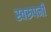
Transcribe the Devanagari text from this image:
स्वरुपनी